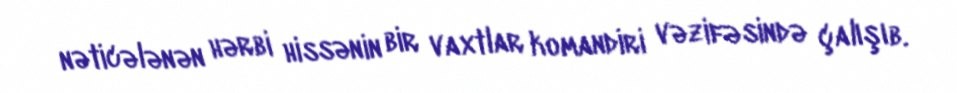
nəticələnən hərbi hissənin bir vaxtlar komandiri vəzifəsində çalışıb.